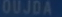
duJoA